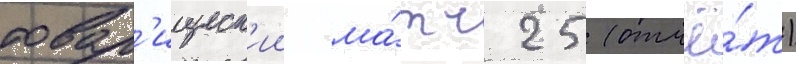
товар'ищеск'ии ма́тч 25 (отчё́т)